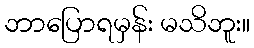
ဘာပြောရမှန်း မသိဘူး။